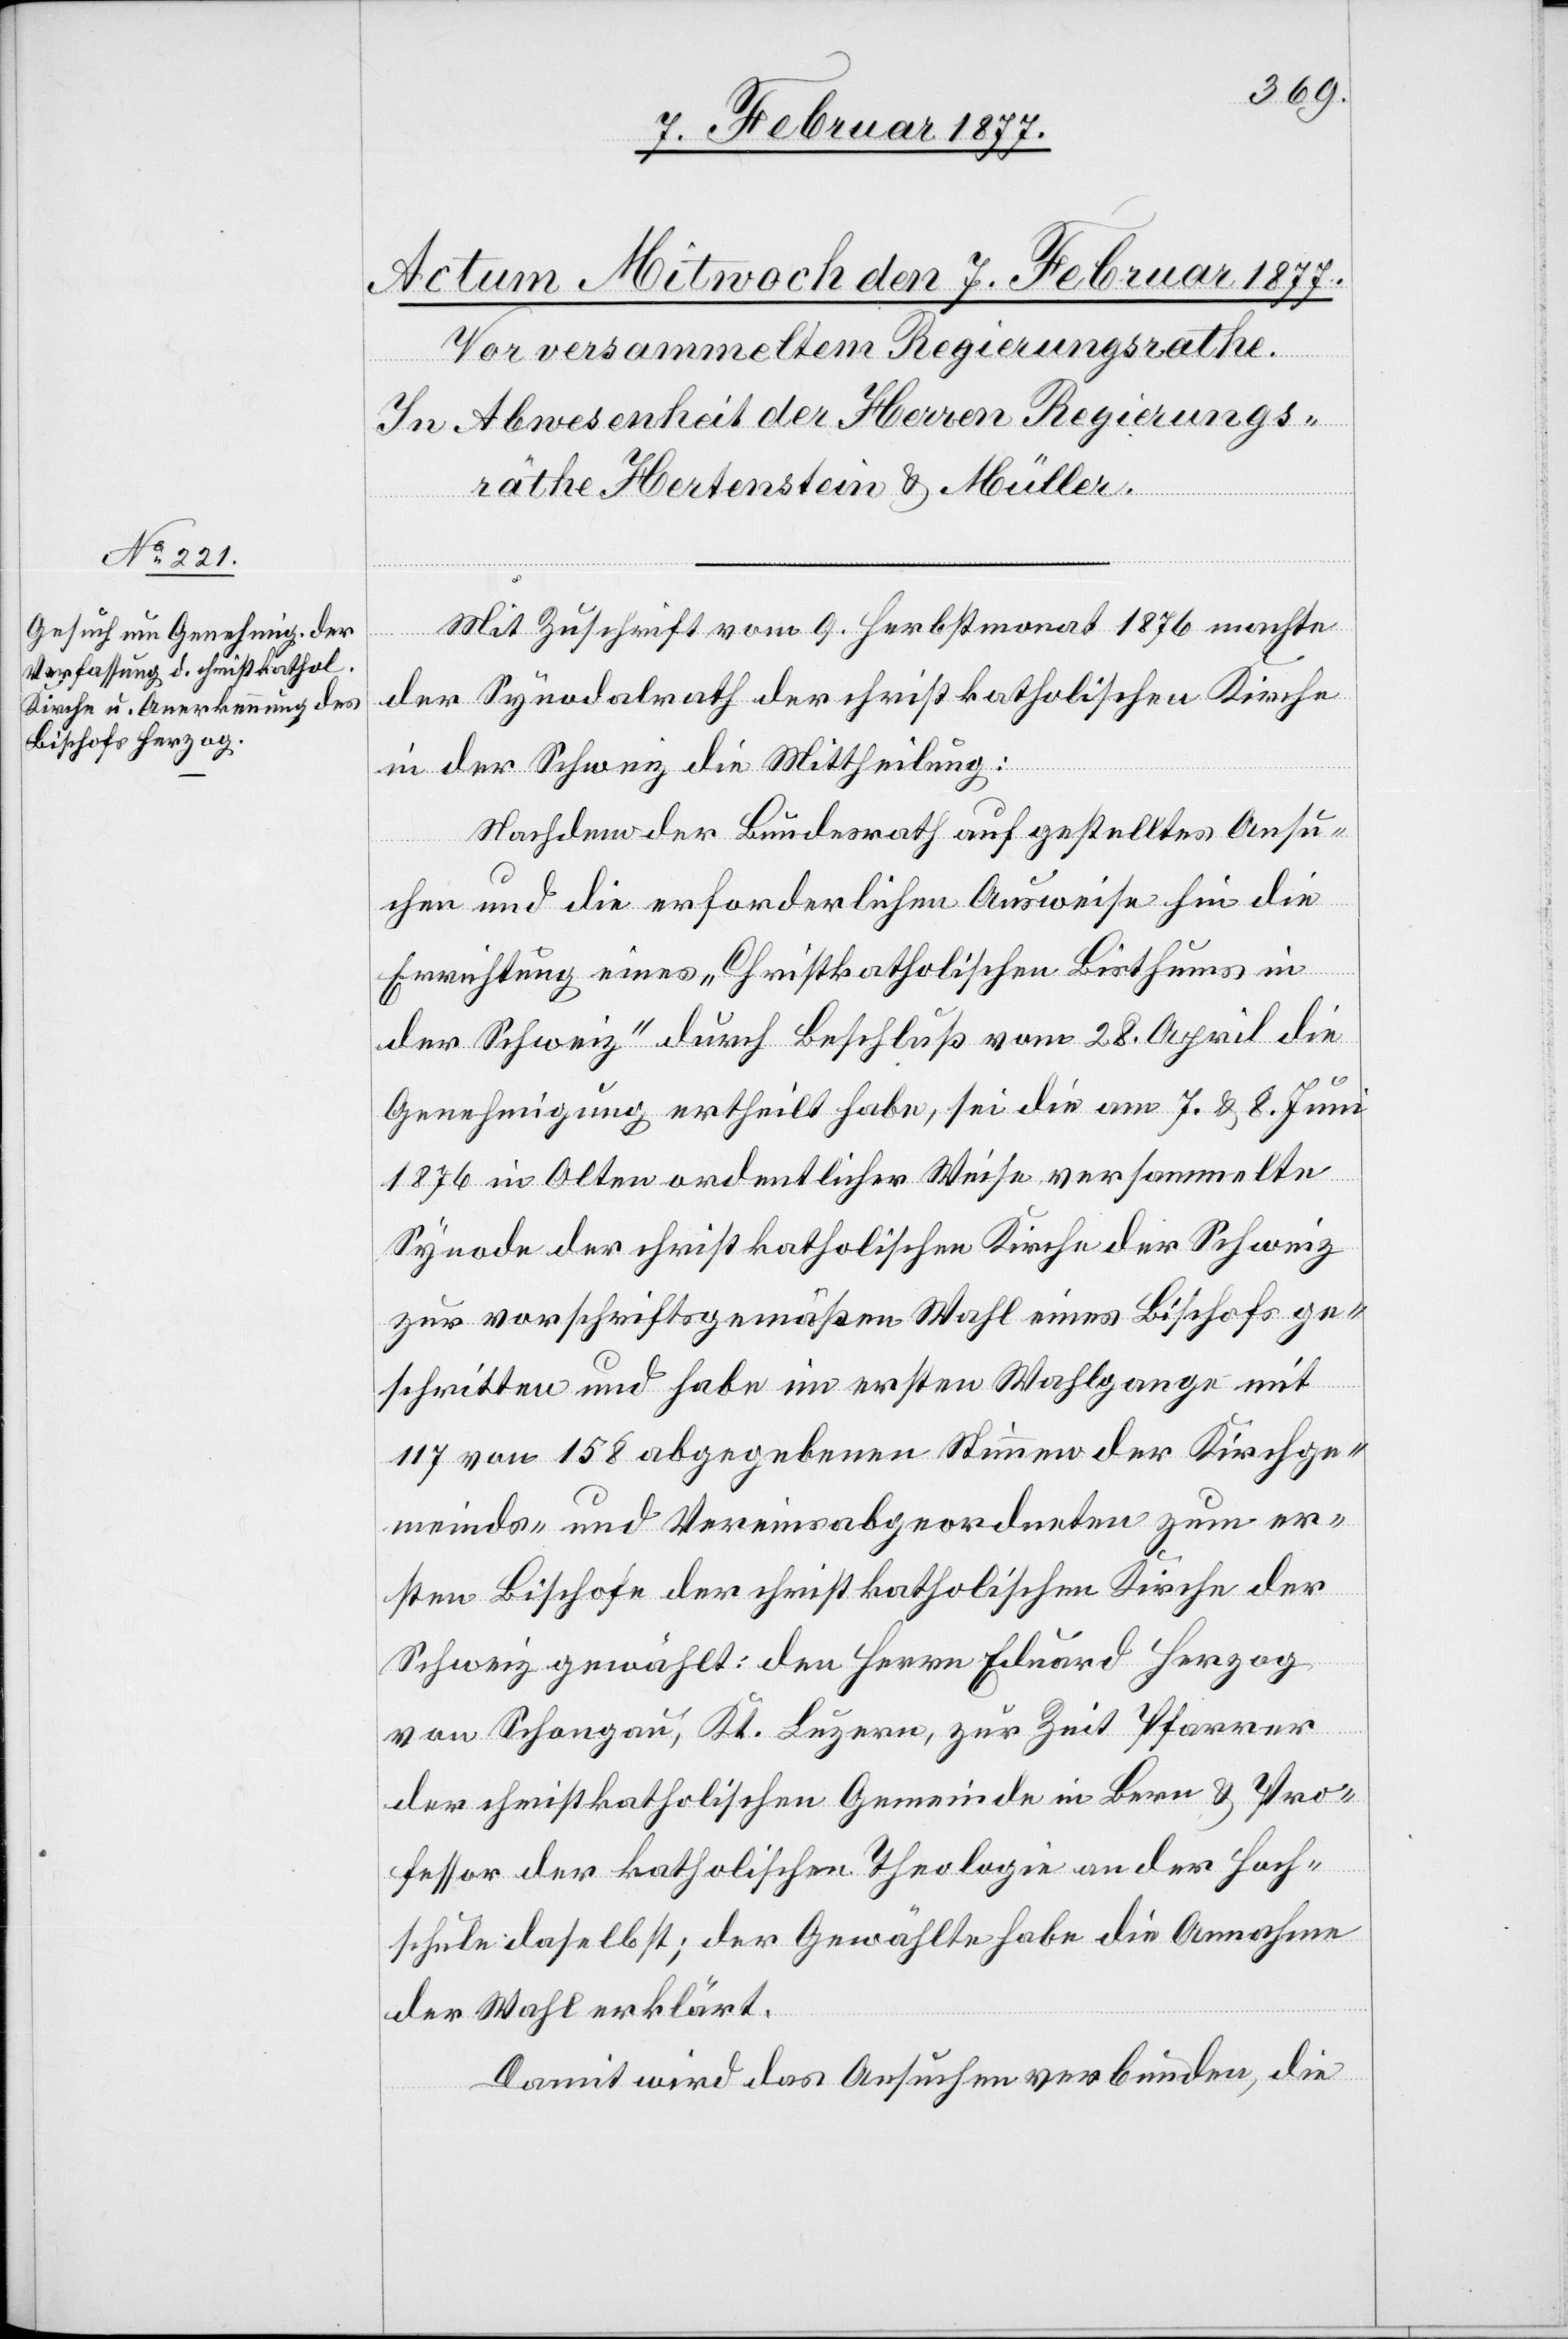
Mit Zuschrift vom 9. Herbstmonat 1876 machte
der Synodalrath der christkatholischen Kirche
in der Schweiz die Mittheilung:
Nachdem der Bundesrath auf gestelltes Ansu¬
chen und die erforderlichen Ausweise hin die
Errichtung eines „Christkatholischen Bisthums in
der Schweiz“ durch Beschluß vom 28. April die
Genehmigung ertheilt habe, sei die am 7. & 8. Juni
1876 in Olten ordentlicher Weise versammelte
Synode der christkatholischen Kirche der Schweiz
zur vorschriftsgemäßen Wahl eines Bischofs ge¬
schritten und habe im erste Wahlgange mit
177 von 158 abgegebenen Stimmen der Kirchge¬
meinds- und Vereinsabgeordneten zum er¬
sten Bischofe der christkatholischen Kirche der
Schweiz gewählt: den Herrn Eduard Herzog
von Schongau, Kt. Luzern, zur Zeit Pfarrer
der christkatholischen Gemeinde in Bern & Pro¬
fessor der katholischen Theologie an der Hoch¬
schule daselbst; der Gewählte habe die Annahme
der Wahl erklärt.
Damit wird das Ansuchen verbunden, die